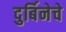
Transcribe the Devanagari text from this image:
दुर्बिनेचे